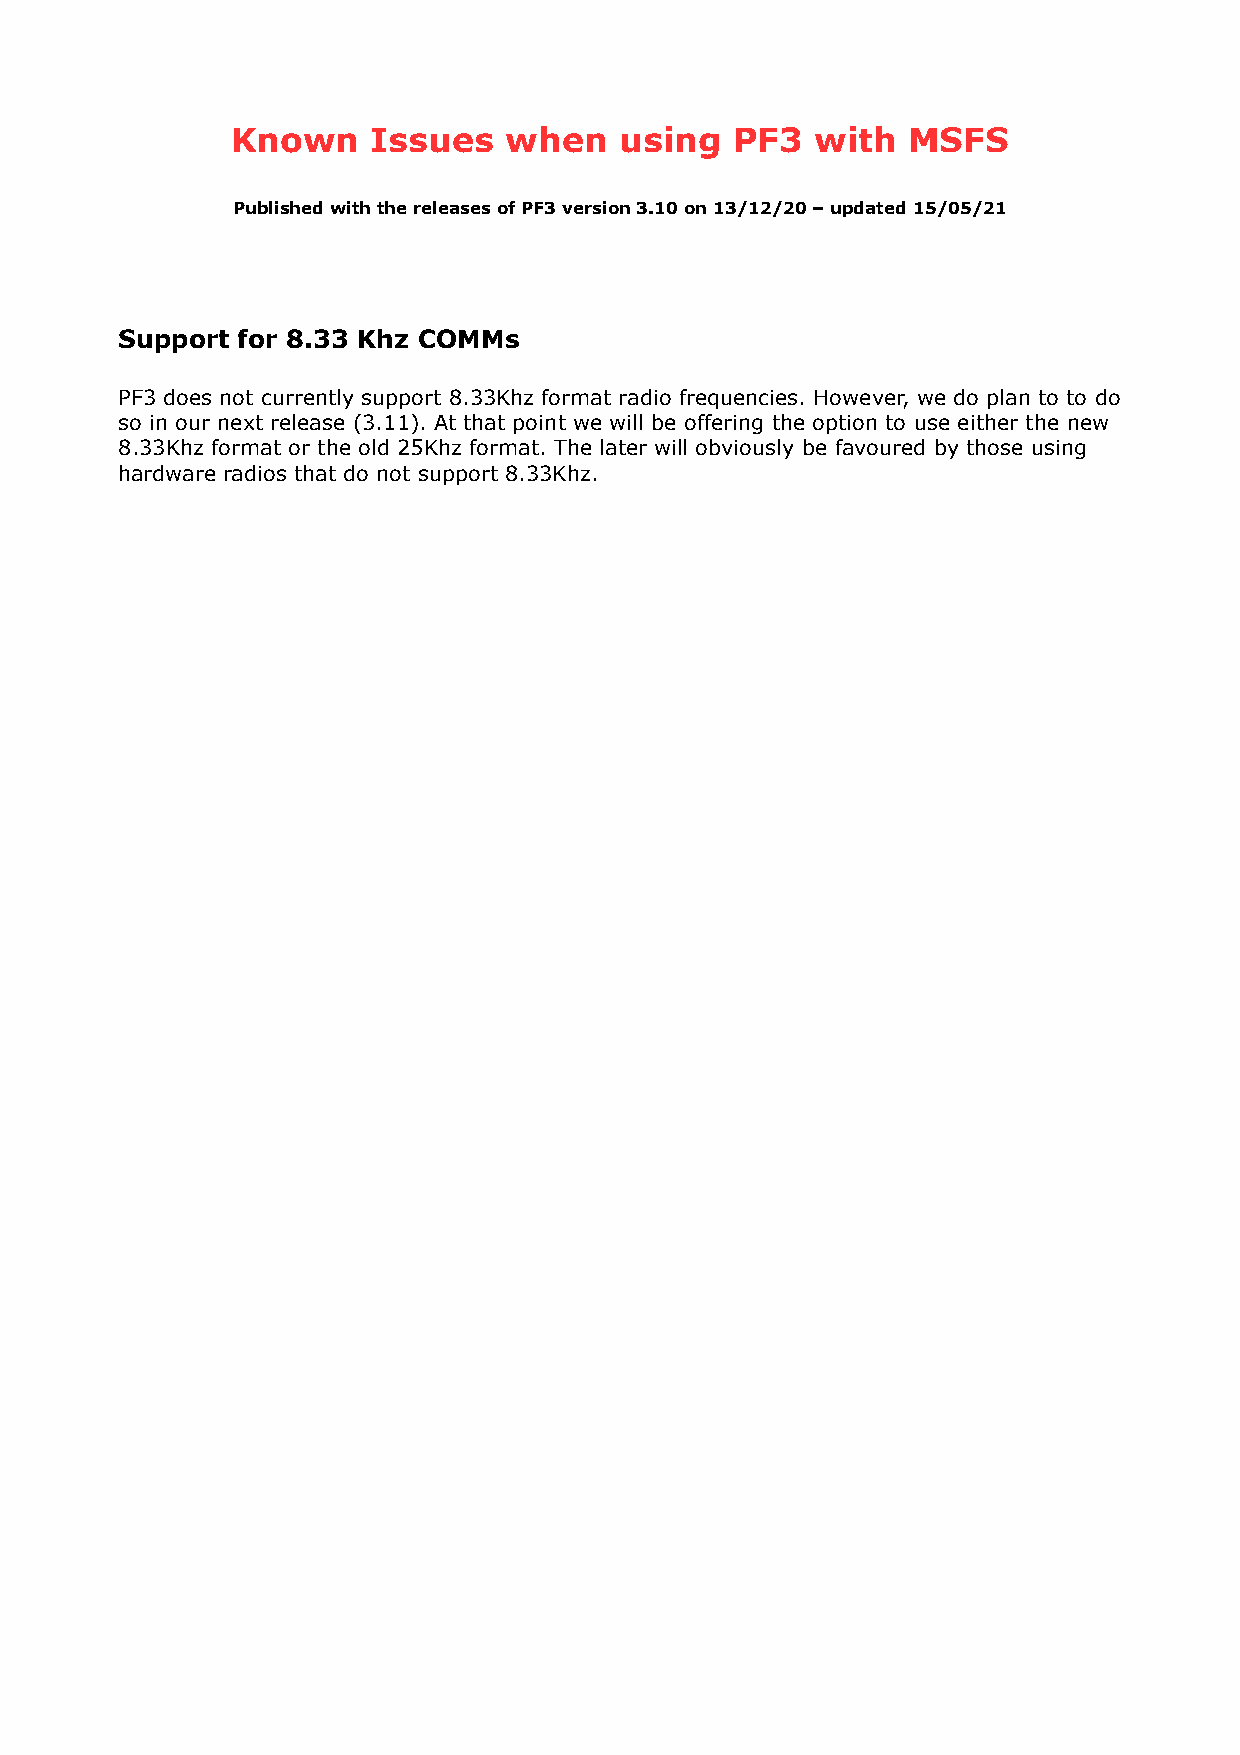
Known     Issues  when    using   PF3  with  MSFS
 Published with the releases of PF3 version 3.10 on 13/12/20 – updated 15/05/21
 Support for 8.33 Khz COMMs
 PF3 does not currently support 8.33Khz format radio frequencies. However, we do plan to to do
 so in our next release (3.11). At that point we will be offering the option to use either the new
 8.33Khz format or the old 25Khz format. The later will obviously be favoured by those using
 hardware radios that do not support 8.33Khz.